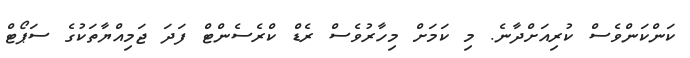
ކަންކަންވެސް ކުރިއަށްދާނެ. މި ކަމަށް މިހާރުވެސް ރެޑް ކްރެސެންޓް ފަދަ ޖަމިއްޔާތަކުގެ ސަޕޯޓް